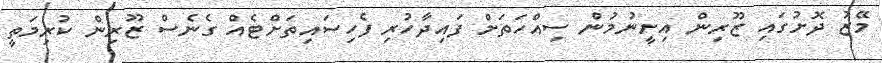
މޭޒު ދޮށުގައި ޒޫރިން އިށީނުމުން ސިއްހަތަށް ފައިދާހުރި ފެހިސައިތަށްޓެއް ގެނެސް ޒޫރިން ކުރިމަތީ